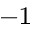
^ { - 1 }